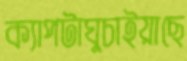
ক্যাপটাঘুচাইয়াছে